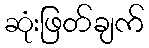
ဆုံးဖြတ်ချက်